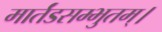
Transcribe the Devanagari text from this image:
मार्तंडसम्भुतम्।